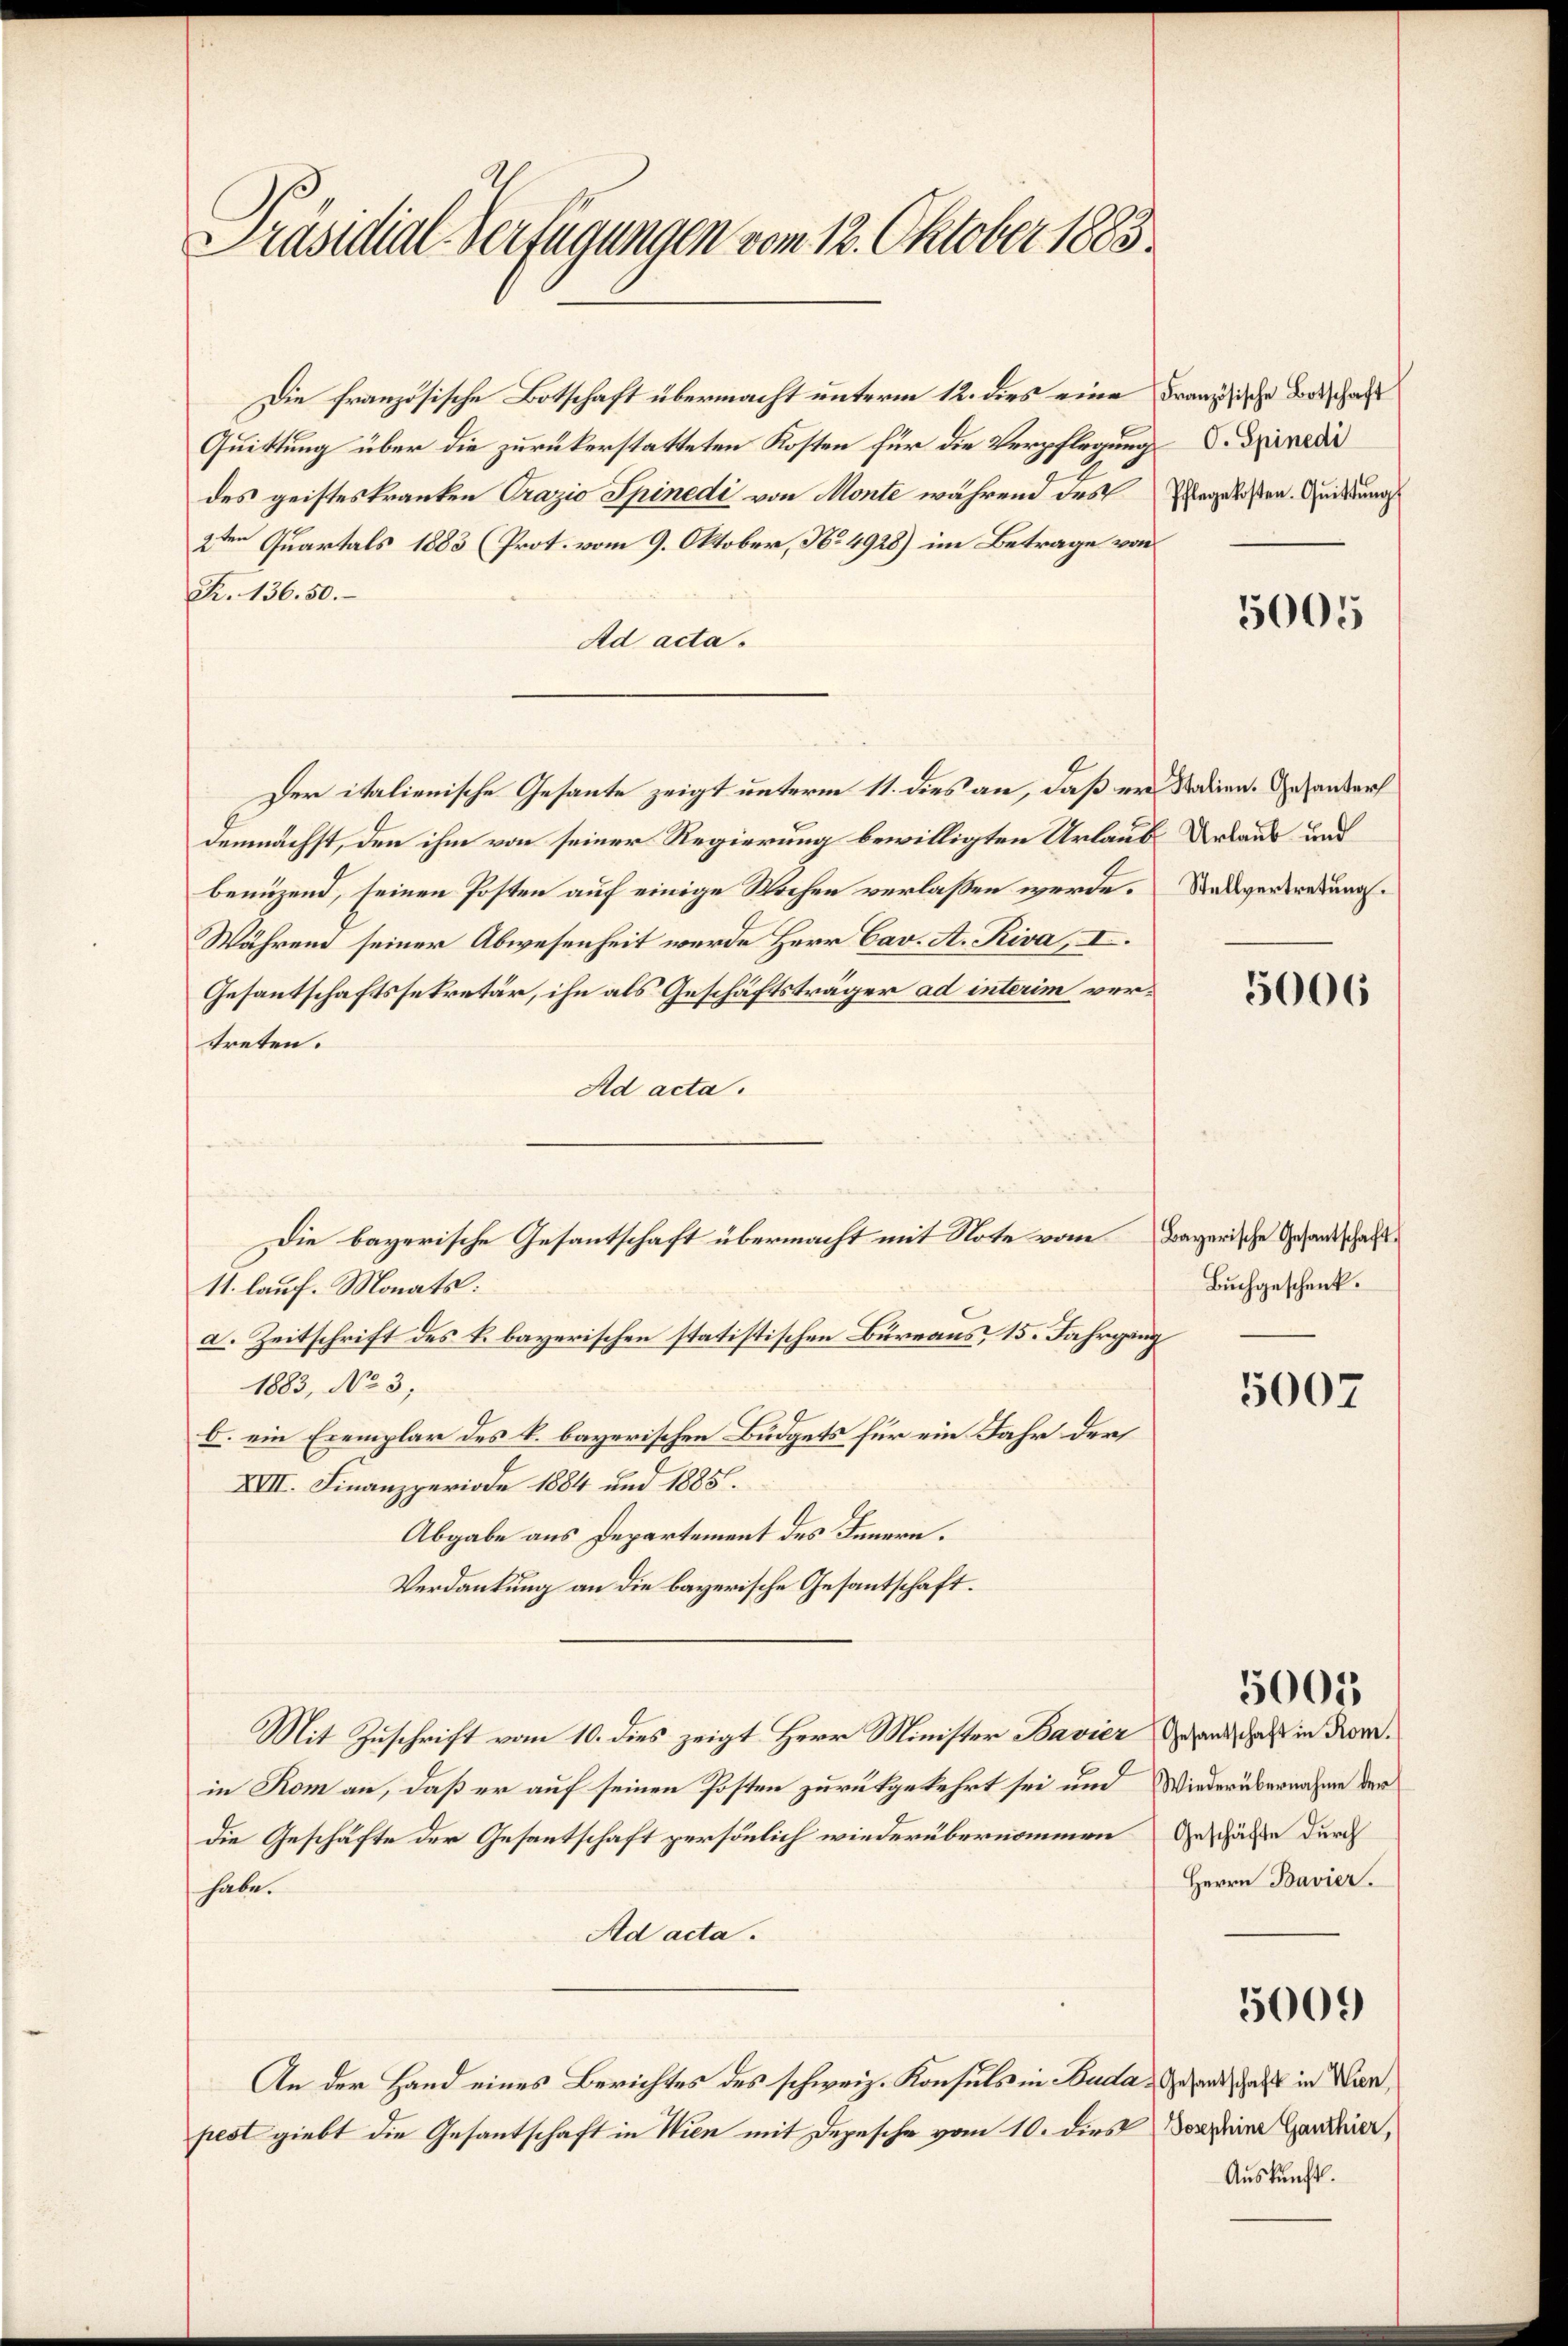
Präsidial-Verfügungen vom 12. Oktober 1883

Die französische Botschaft übermacht unterm 12. dies eine
Quittung über die zurükerstatteten Kosten für die Verpflegung
des geisteskranken Orazio Spinedi von Monte während des
2ten Quartals 1883 (Prot. vom 9. Oktober, No. 4928) im Betrage von
K. 136. 50.
Ad acta.
Der italienische Gesandte zeigt unterm 11. dies an, daß er Stadien. Gesanderf
demnächst, den ihm von seiner Regierung bewilligten Urlaub Urlaub und
benuzend, seinen Posten auf einige Wochen verlaßen werde. Das verdredungs¬
Während seiner Abwesenheit werde Herr Cav. A. Riva, I.
Gesantschaftssekretär, ihn als Geschäftsträger ad interim vertreten.
Ad acta.
11. lauf. Monats:
a. Zeitschrift des k. bayerischen statistischen Büreaus, 15. Jahrgang
1883, No 3;
b. ein Exemplar des k. bayerischen Budgets für ein Jahr der
XVII. Finanzperiode 1884 und 1885.
Abgabe aus Departement des Innern.
Verdankung an die bayerische Gesantschaft.
Mit Zuschrift vom 10. dies zeigt Herr Minister Bavier den das in Komin Rom an, daß er auf seinen Posten zurückgekehrt sei und
Die Geschäfte der Gesantschaft persönlich wiederübernommen
habe.
Ad acta.
An der Hand eines Berichtes des schweiz. Konsuls in Buda. Gesand, daß in Wanpest giebt die Gesantschaft in Wien mit Depesche vom 10. dies daz eine Gantier,

Die bayerische Gesantschaft übermacht mit Note vom

Französische Botschaft
 O. Spinedi
Pflegekosten. Quittung

5005

5006

Bayerische Gesantschaft.
Buchgeschenk.

5007

5005

Wiederübernahme der
Geschäfte durch
Herrn Bavier.

5009

Auskunft.